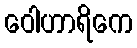
ဝေါဟာရိကေ